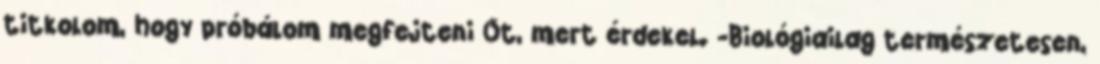
titkolom, hogy próbálom megfejteni Őt, mert érdekel. -Biológiailag természetesen,